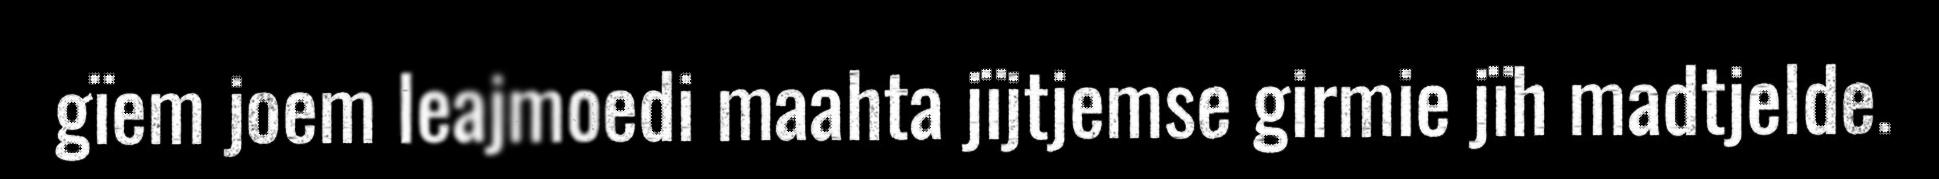
gïem joem leajmoedi maahta jïjtjemse girmie jïh madtjelde.